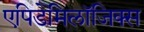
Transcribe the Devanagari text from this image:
एपिडेमिलॉजिक्स